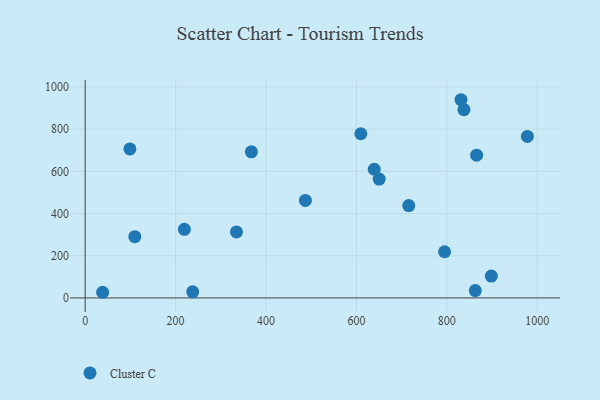
{"axis": {"x": "Ad Spend", "y": "Salary"}, "legend": ["Cluster C"], "data": [{"x": "367.7", "y": 692.5, "type": "Cluster C"}, {"x": "831.3", "y": 939.3, "type": "Cluster C"}, {"x": "334.7", "y": 313.0, "type": "Cluster C"}, {"x": "795.0", "y": 218.8, "type": "Cluster C"}, {"x": "38.6", "y": 26.8, "type": "Cluster C"}, {"x": "650.3", "y": 563.4, "type": "Cluster C"}, {"x": "639.4", "y": 609.9, "type": "Cluster C"}, {"x": "98.9", "y": 706.3, "type": "Cluster C"}, {"x": "862.9", "y": 35.0, "type": "Cluster C"}, {"x": "109.8", "y": 290.4, "type": "Cluster C"}, {"x": "715.7", "y": 437.9, "type": "Cluster C"}, {"x": "237.8", "y": 29.1, "type": "Cluster C"}, {"x": "609.8", "y": 778.0, "type": "Cluster C"}, {"x": "219.5", "y": 325.3, "type": "Cluster C"}, {"x": "487.1", "y": 462.0, "type": "Cluster C"}, {"x": "865.9", "y": 676.3, "type": "Cluster C"}, {"x": "978.1", "y": 765.6, "type": "Cluster C"}, {"x": "898.4", "y": 103.8, "type": "Cluster C"}, {"x": "837.8", "y": 892.0, "type": "Cluster C"}]}